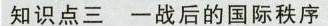
知点一战后的国际秩序